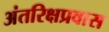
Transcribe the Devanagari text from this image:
अंतरिक्षप्रवास